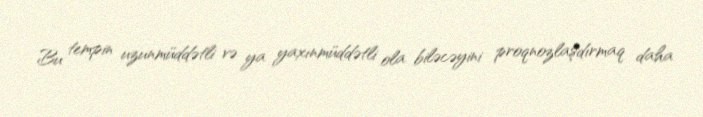
Bu tempin uzunmüddətli və ya yaxınmüddətli ola biləcəyini proqnozlaşdırmaq daha